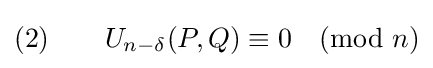
(2)\qquad U_{n-\delta }(P,Q)\equiv 0{\pmod {n}}